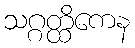
သဂ္ဂတ္ထိကေန